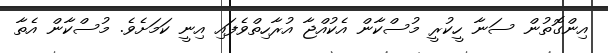
އިންގޮތުން ސަނާ ހީކުރީ މުސްކާން އެކުއްޖާ އުރާހިތްވެފައި އިނީ ކަމަށެވެ. މުސްކާން އެތާ